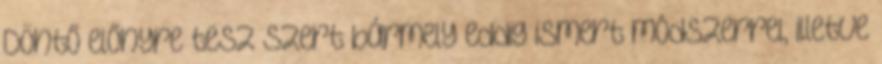
Döntő előnyre tesz szert bármely eddig ismert módszerrel, illetve